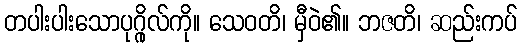
တပါးပါးသောပုဂ္ဂိုလ်ကို။ သေဝတိ၊ မှီဝဲ၏။ ဘဇတိ၊ ဆည်းကပ်